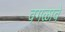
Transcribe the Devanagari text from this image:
वगळावे